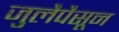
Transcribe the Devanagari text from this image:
जुलैपैसून